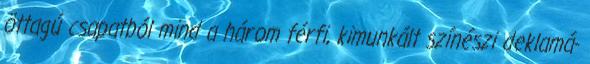
öttagú csapatból mind a három férfi, kimunkált színészi deklamá-